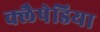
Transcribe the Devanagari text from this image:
क्लैपेडिया